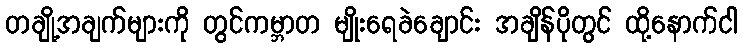
တချို့အချက်များကို တွင်ကမ္ဘာတ မျိုးရေခဲချောင်း အချိန်ပိုတွင် ထို့နောက်ငါ